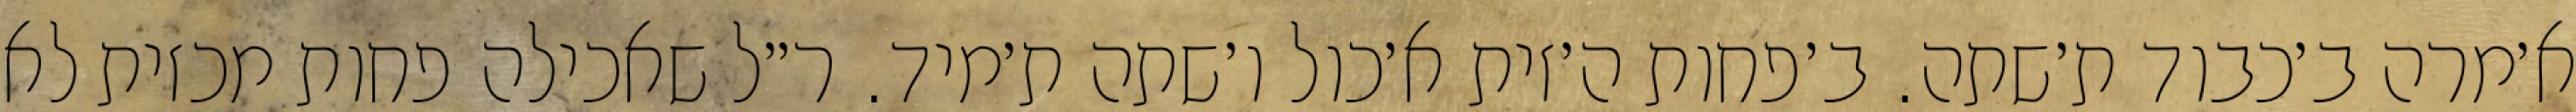
א׳מרה ב׳כבוד ת׳שתה. ב׳פחות ה׳זית א׳כול ו׳שתה ת׳מיד. ר״ל שאכילה פחות מכזית לא